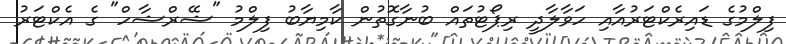
ފިލްމުގެ ޑައިރެކްޓަރުއާއި ހަވާލާދީ ރިޕޯޓުތައް ބުނާގޮތުން ކާމިޔާބު ފިލްމު "ޝޭރްޝާހް" ގެ އެކްޓަރު